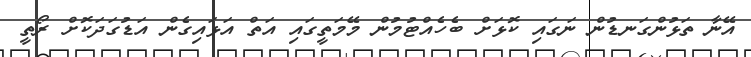
އޭނާ ތަޅުންގަނޑުން ނަގައި ކޮޅަށް ބެހެއްޓުމުން މޭމަތީގައި އަތް އަޅައިގެން އަޑުގަދަކޮށް ރޯތީ